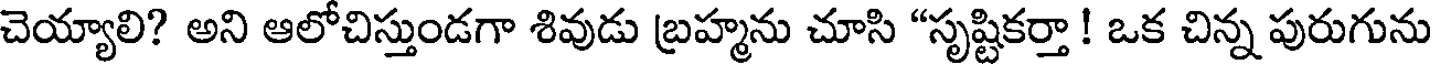
చెయ్యాలి? అని ఆలోచిస్తుండగా శివుడు బ్రహ్మను చూసి "సృష్టికర్తా ! ఒక చిన్న పురుగును